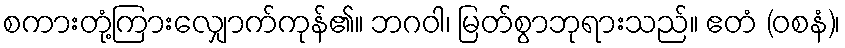
စကားတုံ့ကြားလျှောက်ကုန်၏။ ဘဂဝါ၊ မြတ်စွာဘုရားသည်။ ဧတံ (ဝစနံ)၊